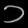
Digit: ၁